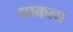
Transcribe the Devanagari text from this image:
धाकला